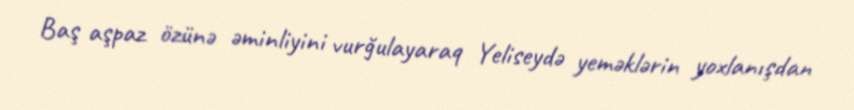
Baş aşpaz özünə əminliyini vurğulayaraq Yeliseydə yeməklərin yoxlanışdan